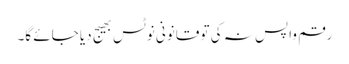
رقم واپس نہ کی تو قانونی نوٹس بھیج دیا جائے گا۔